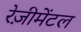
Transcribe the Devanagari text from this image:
रेज़ीमेंटल